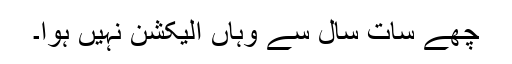
چھے سات سال سے وہاں الیکشن نہیں ہوا۔